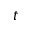
t